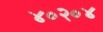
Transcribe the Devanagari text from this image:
४०२०४